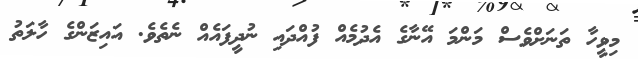
މިވީހާ ތަނަށްވެސް މަންމަ އޭނާގެ އެދުމެއް ފުއްދައި ނުދީފައެއް ނެތެވެ. އައިޒަންގެ ހާލަތު